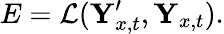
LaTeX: E=\mathcal{L}(\textbf Y_{x,t}^{\prime},\textbf Y_{x,t}).